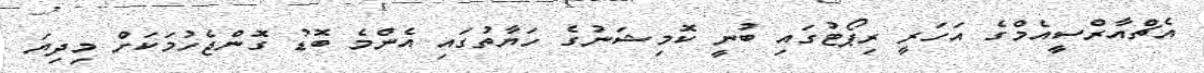
އެޗްއާރްސީއެމްގެ އަހަރީ ރިޕޯޓުގައި ބުނީ ކޮމިޝަނުގެ ހަޔާތުގައި އެންމެ ބޮޑު ގޮންޖެހުމަކަށް މިދިޔަ